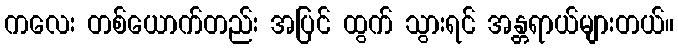
ကလေး တစ်ယောက်တည်း အပြင် ထွက် သွားရင် အန္တရာယ်များတယ်။